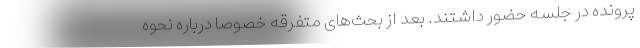
پرونده در جلسه حضور داشتند. بعد از بحث‌های متفرقه خصوصا درباره نحوه